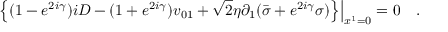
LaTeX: \left. \left\{ ( 1 - e ^ { 2 i \gamma } ) i D - ( 1 + e ^ { 2 i \gamma } ) v _ { 0 1 } + { \sqrt 2 } \eta \partial _ { 1 } ( { \bar { \sigma } } + e ^ { 2 i \gamma } \sigma ) \right\} \right| _ { x ^ { 1 } = 0 } = 0 \quad .